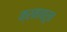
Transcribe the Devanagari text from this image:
क्रमावरून